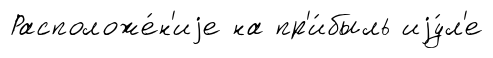
Расположе́н'иjе на пр'и́быль иjу́л'е